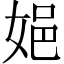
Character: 㛕